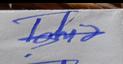
Signature authenticity: forged